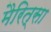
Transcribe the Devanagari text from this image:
मैरित्सा